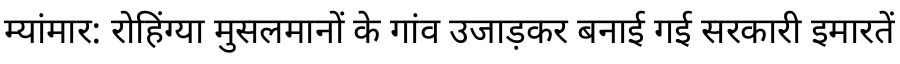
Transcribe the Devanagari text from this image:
म्यांमार: रोहिंग्या मुसलमानों के गांव उजाड़कर बनाई गई सरकारी इमारतें